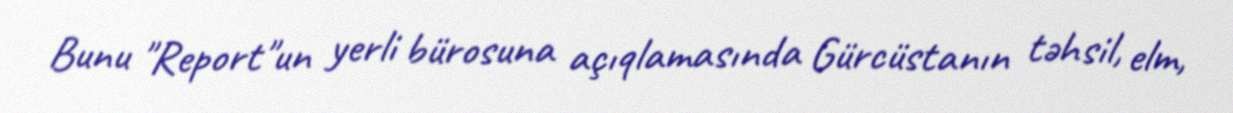
Bunu "Report"un yerli bürosuna açıqlamasında Gürcüstanın təhsil, elm,